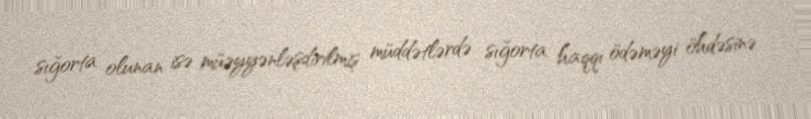
sığorta olunan isə müəyyənləşdirilmiş müddətlərdə sığorta haqqı ödəməyi öhdəsinə